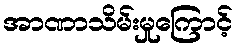
အာဏာသိမ်းမှုကြောင့်